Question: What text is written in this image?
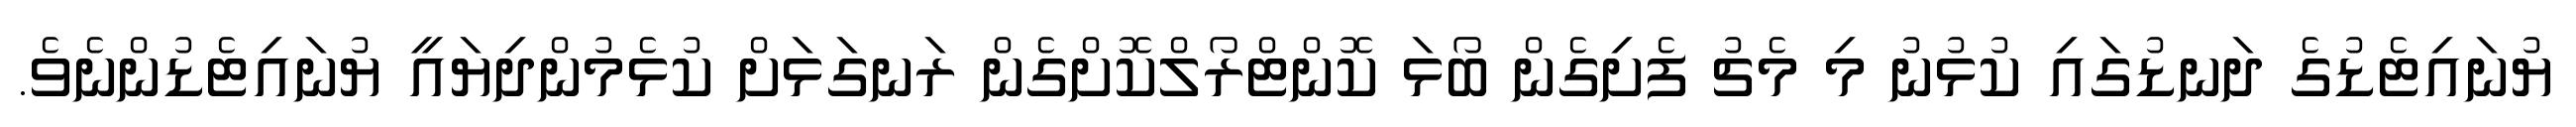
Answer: ޔުނައިޓެޑުގެ ދަނޑުގައި ކުޅުނު މި މެޗު ފެށިގެން ބޯޅަ ކޮންޓްރޯލްކޮށްގެން ރަނގަޅަށް ކުޅެމުންދިޔައީ ޔުނައިޓެޑުންނެވެ.